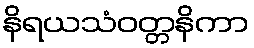
နိရယသံဝတ္တနိကာ